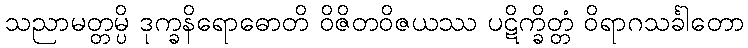
သညာမတ္တမ္ပိ ဒုက္ခနိရောဓောတိ ဝိဇိတဝိဇယဿ ပဋိက္ခိတ္တံ ဝိရာဂသင်္ခါတော